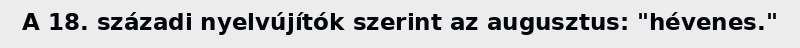
A 18. századi nyelvújítók szerint az augusztus: "hévenes."